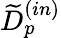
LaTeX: {\widetilde D}_{p}^{(in)}